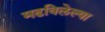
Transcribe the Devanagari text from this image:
मढविलेल्या